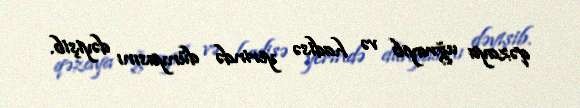
qəzaya uğrayıb və hadisə yerində dünyasını dəyişib.